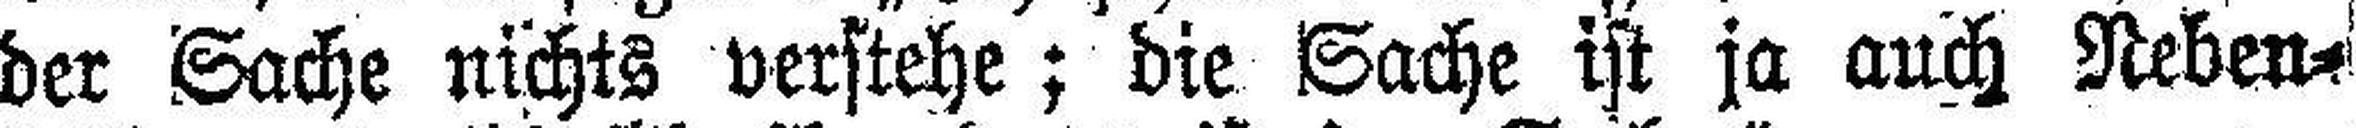
der Sache nichts verstehe; die Sache ist ja auch Neben¬